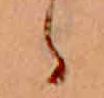
ゝ